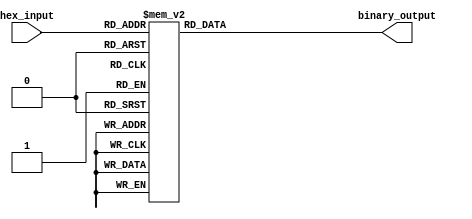
module HexToBinaryEncoder (
    input  [3:0] hex_input,  // 4-bit input representing a hexadecimal digit
    output reg [3:0] binary_output // 4-bit output representing the binary equivalent
);

// Combinational logic to convert hexadecimal input to binary output
always @(*) begin
    case (hex_input)
        4'b0000: binary_output = 4'b0000; // 0
        4'b0001: binary_output = 4'b0001; // 1
        4'b0010: binary_output = 4'b0010; // 2
        4'b0011: binary_output = 4'b0011; // 3
        4'b0100: binary_output = 4'b0100; // 4
        4'b0101: binary_output = 4'b0101; // 5
        4'b0110: binary_output = 4'b0110; // 6
        4'b0111: binary_output = 4'b0111; // 7
        4'b1000: binary_output = 4'b1000; // 8
        4'b1001: binary_output = 4'b1001; // 9
        4'b1010: binary_output = 4'b1010; // A (10)
        4'b1011: binary_output = 4'b1011; // B (11)
        4'b1100: binary_output = 4'b1100; // C (12)
        4'b1101: binary_output = 4'b1101; // D (13)
        4'b1110: binary_output = 4'b1110; // E (14)
        4'b1111: binary_output = 4'b1111; // F (15)
        default: binary_output = 4'b0000; // Error handling: default to 0 for invalid input
    endcase
end

endmodule